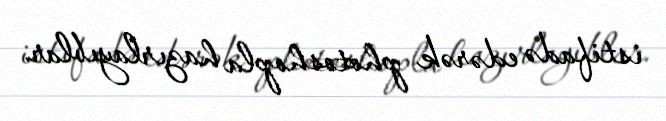
istifadə edərək photoshopla hazırlayıblar.